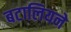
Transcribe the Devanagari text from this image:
बटालियने